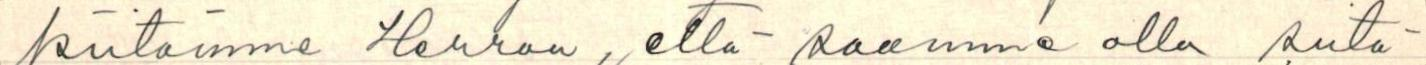
kiitämme Herraa, että saamme olla siitä